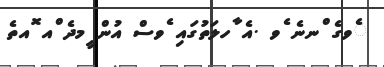
ެވގެ ްނނެ ެވ .އެ ާހލަތުގައި ެވސް އުން ީމދެ ްއ ޮއތެ